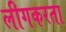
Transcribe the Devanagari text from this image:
लीगकरता